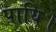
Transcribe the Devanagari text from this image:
पायि।